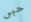
حبى